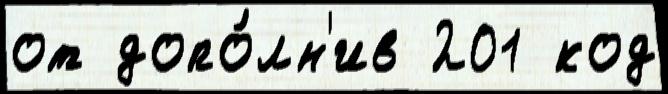
от допо́лн'ив 201 код